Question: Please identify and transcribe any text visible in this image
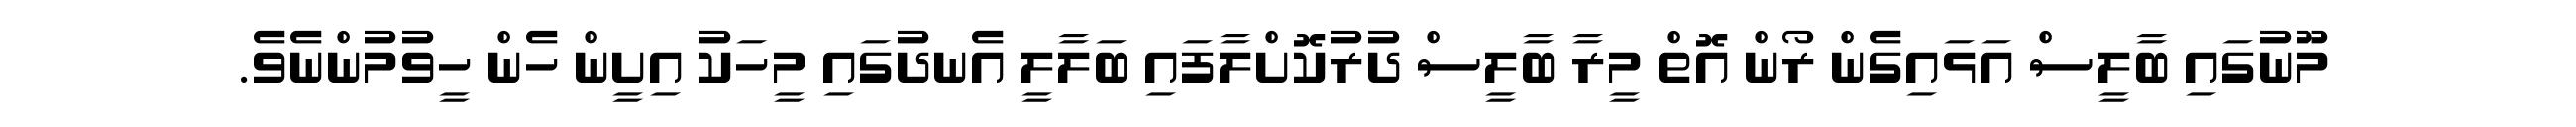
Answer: މޫނުގައި ބާލީސް އަޅައިގެން ރޯން އޮތް މީރާ ބާލީސް ދުރުކޮށްލާފައި ބަލާލީ އެނދުގައި މީހަކު އިށީން ހެން ހީވުމުންނެވެ.